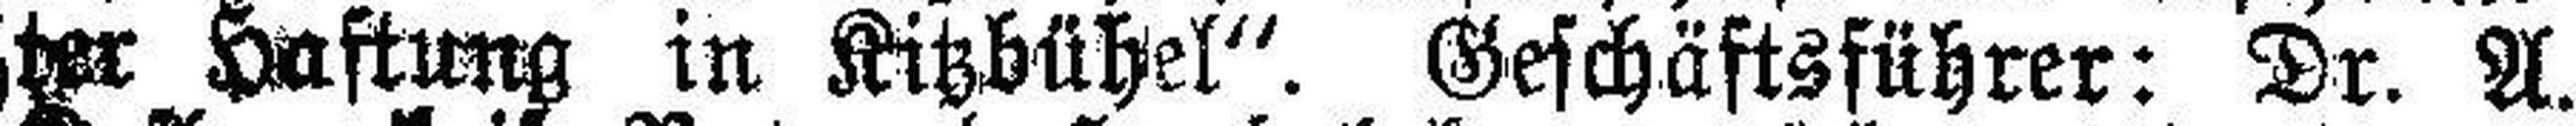
ter Haftung in Kitzbühel“. Geschäftsführer: Dr. A.